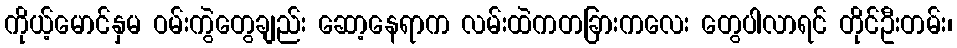
ကိုယ့်မောင်နှမ ဝမ်းကွဲတွေချည်း ဆော့နေရာက လမ်းထဲကတခြားကလေး တွေပါလာရင် တိုင်ဦးတမ်း၊